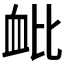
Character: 𫋪